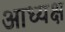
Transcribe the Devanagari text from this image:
आध्यक्ष